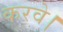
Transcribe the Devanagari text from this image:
करवे।